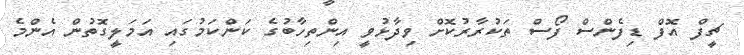
ޗީފް އޮފް ޑިފެންސް ފޯސް ތަކުރާރުކޮށް ވިދާޅުވީ އިންތިހާބުގެ ކަންކަމުގައި އަމަލީގޮތުން އެންމެ